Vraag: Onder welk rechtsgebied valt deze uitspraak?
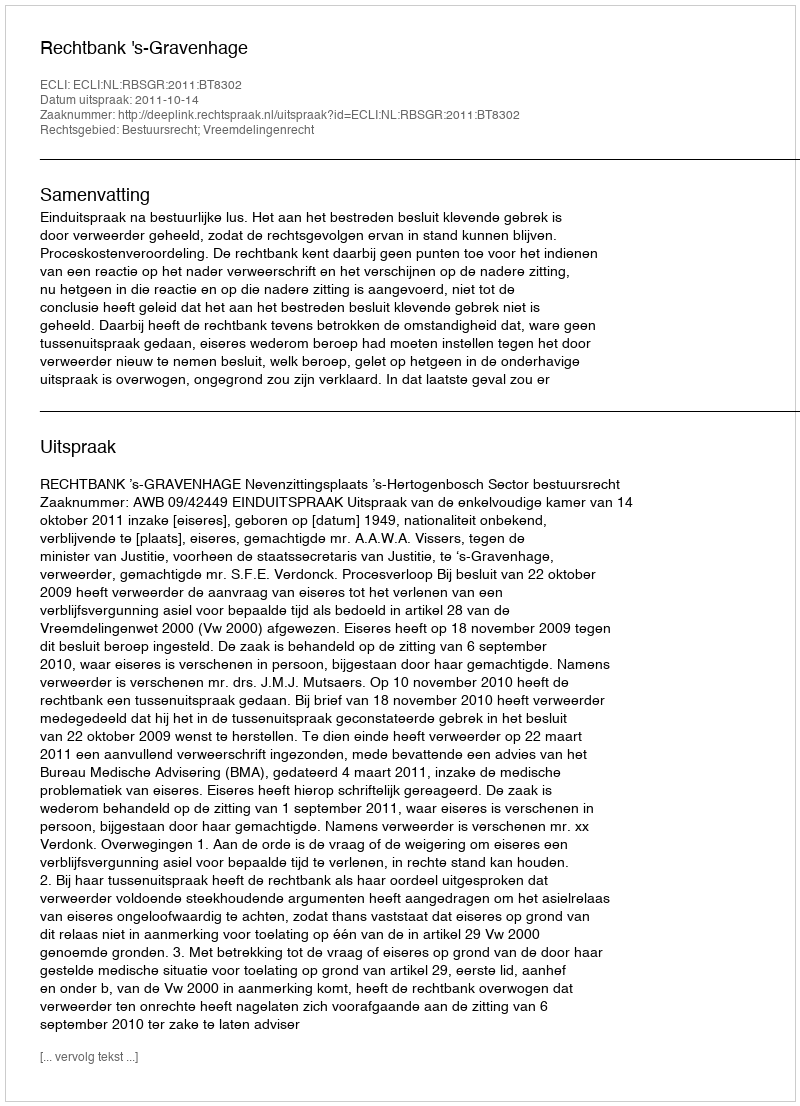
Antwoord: Bestuursrecht; Vreemdelingenrecht